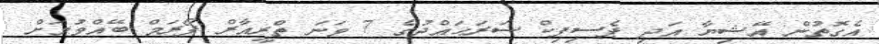
އެގޮތުން އޭޝިޔާ އަދި ޕެސިފިކް ސަރަޙައްދުގެ 7 ވަނަ ތްރީއާރް ފޯރަމް ބޭއްވުމަށް